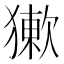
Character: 𤡻